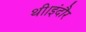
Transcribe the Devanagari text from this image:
थी।इंदौर